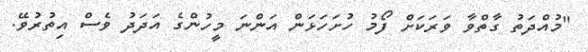
"މުއްދަތު ގާތްވާ ވަރަކަށް ފޯމު ހުށަހަޅަން އަންނަ މީހުންގެ އަދަދު ވެސް އިތުރުވޭ.